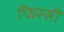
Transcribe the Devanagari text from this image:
फिरसी